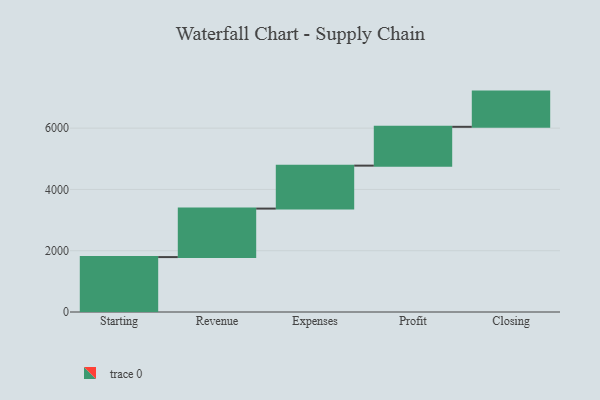
{"axis": {"x": "Step", "y": "Value"}, "legend": [""], "data": [{"x": "Starting", "y": 1792.0, "type": ""}, {"x": "Revenue", "y": 1583.0, "type": ""}, {"x": "Expenses", "y": 1402.0, "type": ""}, {"x": "Profit", "y": 1267.0, "type": ""}, {"x": "Closing", "y": 1149.0, "type": ""}]}